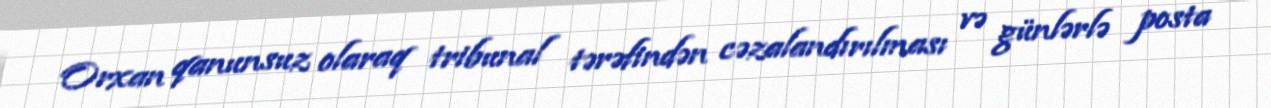
Orxan qanunsuz olaraq tribunal tərəfindən cəzalandırılması və günlərlə posta